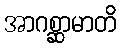
အာဂစ္ဆာမာတိ